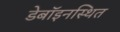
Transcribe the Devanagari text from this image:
डेबॉइनस्थित